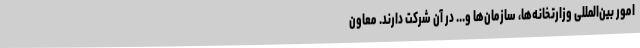
امور بین‌المللی وزارتخانه‌ها، سازمان‌ها و... در آن شرکت دارند. معاون